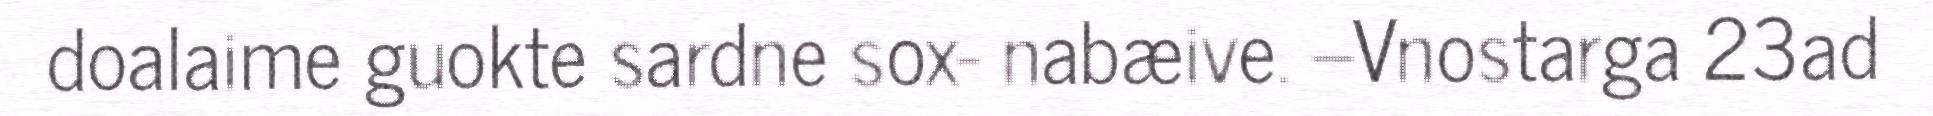
doalaime guokte sardne sox- nabæive. –Vnostarga 23ad